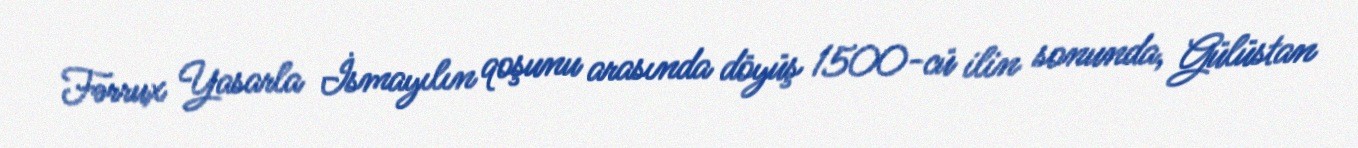
Fərrux Yasarla İsmayılın qoşunu arasında döyüş 1500-cü ilin sonunda, Gülüstan